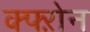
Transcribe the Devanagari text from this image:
क्फ्ऱोन